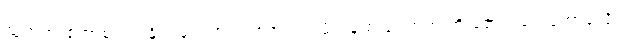
သူတရားဟောစဉ်က နိုင်ငံရေးထက် ရာဇဝင်သမိုင်းနဲ့ စာပေဘက် ကို ဇောင်းပေးဟောခဲ့လို့